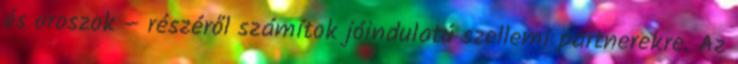
és oroszok – részéről számítok jóindulatú szellemi partnerekre. Az